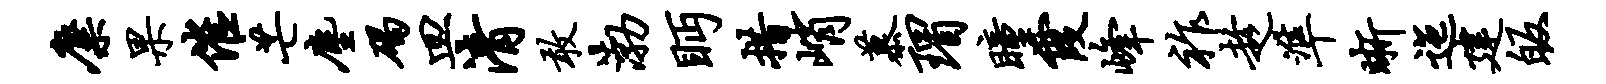
麋果催芒尘碣皿清敢渤眄措峭慕瑁瞳霞峰祚趁准晰迤建皈